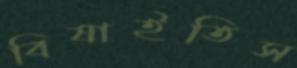
বিষাইতিস